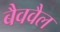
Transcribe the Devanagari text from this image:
बैववैल